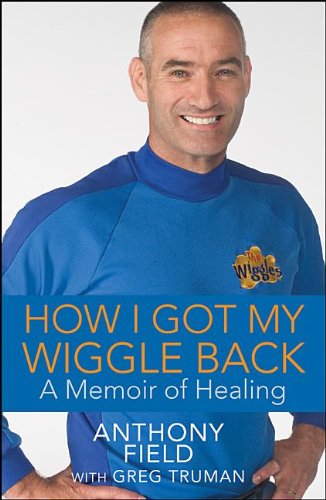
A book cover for How I Got My Wiggle Back: A Memoir of Healing; Anthony Field; Biographies & Memoirs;